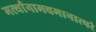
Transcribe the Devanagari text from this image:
मर्त्यानामवमानात्परं